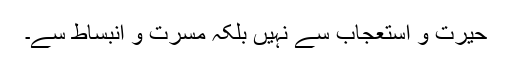
حیرت و استعجاب سے نہیں بلکہ مسرت و انبساط سے۔